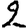
Digit: 2